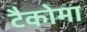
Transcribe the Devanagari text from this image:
टैकोमा